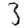
Digit: 3